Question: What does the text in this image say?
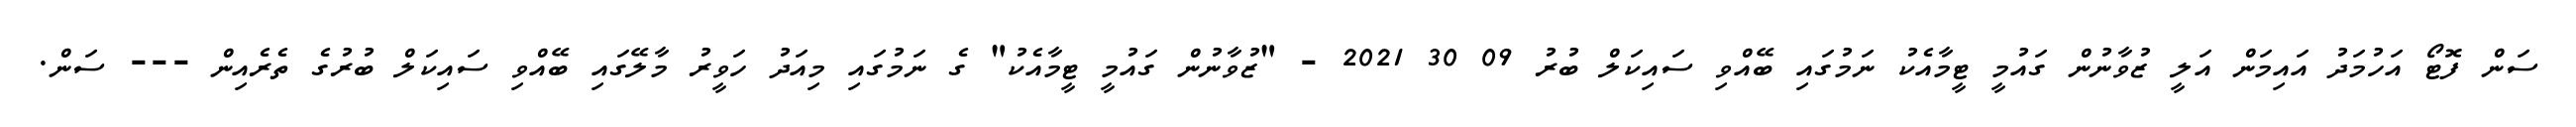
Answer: ސަން ފޮޓޯ އަހުމަދު އައިމަން އަލީ ޒުވާނުން ގައުމީ ޓީމާއެކު ނަމުގައި ބޭއްވި ސައިކަލް ބުރު 09 30 2021 - "ޒުވާނުން ގައުމީ ޓީމާއެކު" ގެ ނަމުގައި މިއަދު ހަވީރު މާލޭގައި ބޭއްވި ސައިކަލް ބުރުގެ ތެރެއިން --- ސަން.